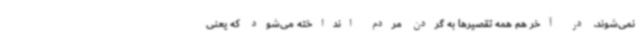
نمی‌شوند. در آخر هم همه تقصیرها به گردن مردم انداخته می‌شود که یعنی